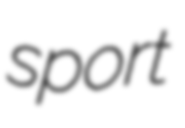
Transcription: sport